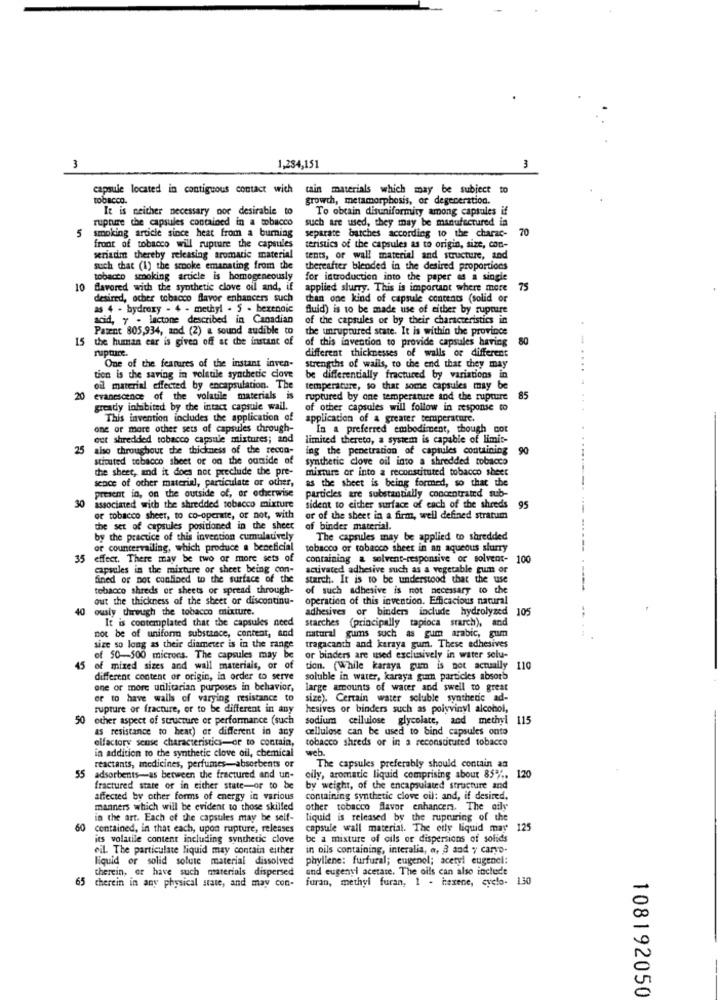
3
3
1,284,151
capsule located in contiguous contact with
tain materials which may be subject to
tobacco.
growth, metamorphosis, or degeneration.
It is neither necessary por desirable to
To obtain disuniformity among capsules if
rupture the capsules contained in a tobacco
such are used, they may be manufactured in
5
separate batches according to the charac-
70
smoking article since heat from a burning
front of tobacco will rupture the capsules
teristics of the capsules as to origin, size, con-
seriadim thereby releasing aromatic material
tents, or wall material and structure, and
such that (1) the smoke emanating from the
thereafter blended in the desired proportions
tobacco smoking article is homogeneously
for introduction into the paper as a single
10
flavored with the synthetic clove oil and, if
applied slurry. This is important where more
75
desired, ocher tobacco flavor enhancers such
than one kind of capsule contents (solid or
as 4 - hydroxy - 4 - methyl . 5 . bexenaic
fluid) is to be made use of either by rupmire
acid, y . lactone described in Canadian
of the capsules or by their characteristics in
Patent 805,934, and (2) a sound audible to
the unruptured state. It is within the province
15 the human car is given off at the instant of
of this invention to provide capsules having
80
rupture.
different thicknesses of walls of different
One of the features of the instant inven-
strengths of walls, to the end that they may
tion is the saving in volatile synthetic clove
be differentially fractured by variations in
oil material effected by encapsulation. The
temperature, so that some capsules may be
20
evanescence of the volatile materials is
ruptured by one temperature and the rupture
85
gready inhibited by the intact capsule wall.
of other capsules will follow in response to
This invention includes the application of
application of a greater temperature.
one or more other sets of capsules through-
In a preferred embodiment, though cot
out shredded tobacco capsule mixtures; and
limited thereto, a system is capable of limit-
25
also throughout the thickness of the recco-
ing the penetration of capsules containing 90
stituted tobacco sheet of on the outside of
synthetic clove oil into a shredded tobacco
the sheet, and it does not preclude the pre-
mixture or into a reconstituted tobacco sheet
as the sheet is being formed, so that the
sence of other material, particulate or other,
present in, on the outside of, or otherwise
particles are substantially concentrated sub-
30 associated with the shredded tobacco mixture
sident to either surface of each of the shreds
95
of tobacco sheet, to co-operate, or not, with
or of the sheet in a firm, well defined stratum
the set of capsules positioned in the sheer
of binder material.
by the practice of this invention cumulatively
The capsules may be applied to shredded
or countervailing, which produce a beneficial
tobacco or tobacco sheet in an aqueous slurry
35 effect. There may be two or more sets of
containing a solvent-responsive or solvent- 100
capsules in the mixture or sheet being con-
activated adhesive such as a vegetable gum or
fined or pot confined to the surface of the
starch. It is to be understood that the use
tobacco shreds or sheets or spread through-
of such adhesive is not necessary to the
out the thickness of the sheer or discontinu-
operation of this invention. Efficacious natural
40 ously dwrough the tobacco mixture.
adhesives or binders include hydrolyzed
105
starches (principally tapioca starch), and
not be of uniform substance, content, and
It is contemplated that the capsules need
natural gums such as gum arabic, gum
size so long as their diameter is in the range
tragacanth and karaya gum. These adhesives
of 50-500 microns. The capsules may be
or binders are used exclusively in water selu-
45
of mixed sizes and wall materials, or of
tion. (While karaya gum is not actually 110
different content of origin, in order to serve
soluble in water, karaya gum particles absorb
one or more utilitarian purposes in behavior,
large amounts of water and swell to great
or to have walls of varying resistance to
size). Certain water soluble synthede ad-
rupture or fracture, or to be different in any
hesives or binders such as polyvinyl alcohol,
50
other aspect of structure of performance (such
sodium cellulose glycolate, and methyl 115
as resistance to hear) or different in any
cellulose can be used to bind capsules onto
olfactory sense characteristics-or to contain,
tobacco shreds or in a reconstituted tobacco
web.
in addition to the synthetic clove oil, chemical
reactants, medicines, perfumes-absorbents or
The capsules preferably should contain an
120
55
adsorbents-as between the fractured and un-
oily, aromatic liquid comprising about 85%.
fractured state or in either state-or to be
by weight, of the encapsulated structure and
affected by other forms of energy in various
containing synthetic clove cil: and, if desired,
manners which will be evident to those skilled
other tobacco flavor enhancers. The oily
in the art. Each of the capsules may be self-
liquid is released by the rupturing of the
60
contained, in that each, upon rupture, releases
capsule wall material. The oily liquid may
125
its volatile content including synthetic clove
be a mixture of cils or dispersions of solids
oil. The particulate liquid may contain either
in oils containing, interalia, a, 3 and y caryo-
liquid or solid solute material dissolved
phyllene: furfural; eugenol; acetyl eugencl:
therein, or have such materials dispersed
and eugenyl acetate. The oils can also include
furan, methyl furan, 1 - hexene, cyclo- 130
5 therein in any physical state, and may con-
108192050